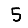
Digit: 5